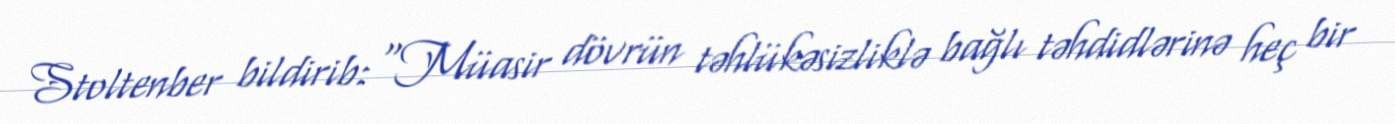
Stoltenber bildirib: “Müasir dövrün təhlükəsizliklə bağlı təhdidlərinə heç bir